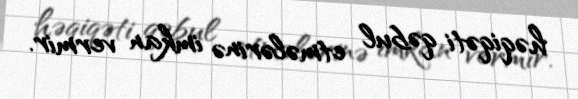
həqiqəti qəbul etmələrinə imkan vermir.